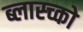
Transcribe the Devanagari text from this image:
ब्लास्च्को